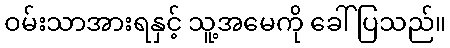
ဝမ်းသာအားရနှင့် သူ့အမေကို ခေါ်ပြသည်။